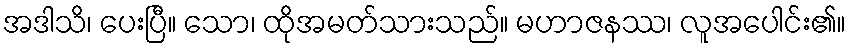
အဒါသိ၊ ပေးပြီ။ သော၊ ထိုအမတ်သားသည်။ မဟာဇနဿ၊ လူအပေါင်း၏။